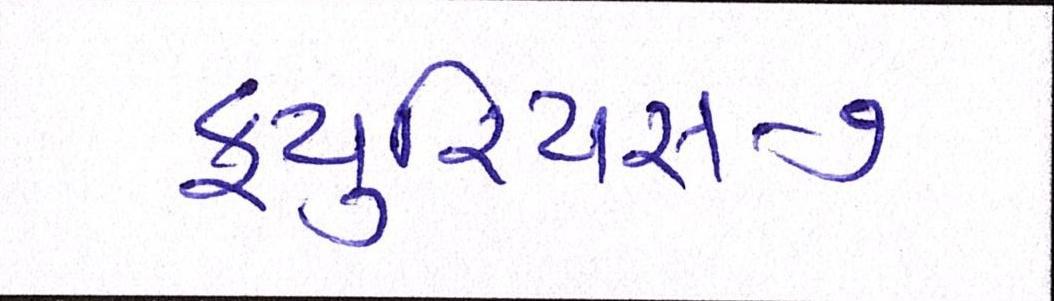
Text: ફ્યુરિયસ-૭